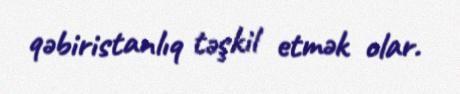
qəbiristanlıq təşkil etmək olar.